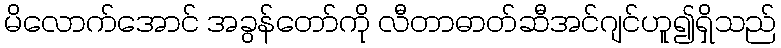
မိလောက်အောင် အခွန်တော်ကို လီတာဓာတ်ဆီအင်ဂျင်ဟူ၍ရှိသည်